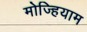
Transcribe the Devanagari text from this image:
मोज्हियाम